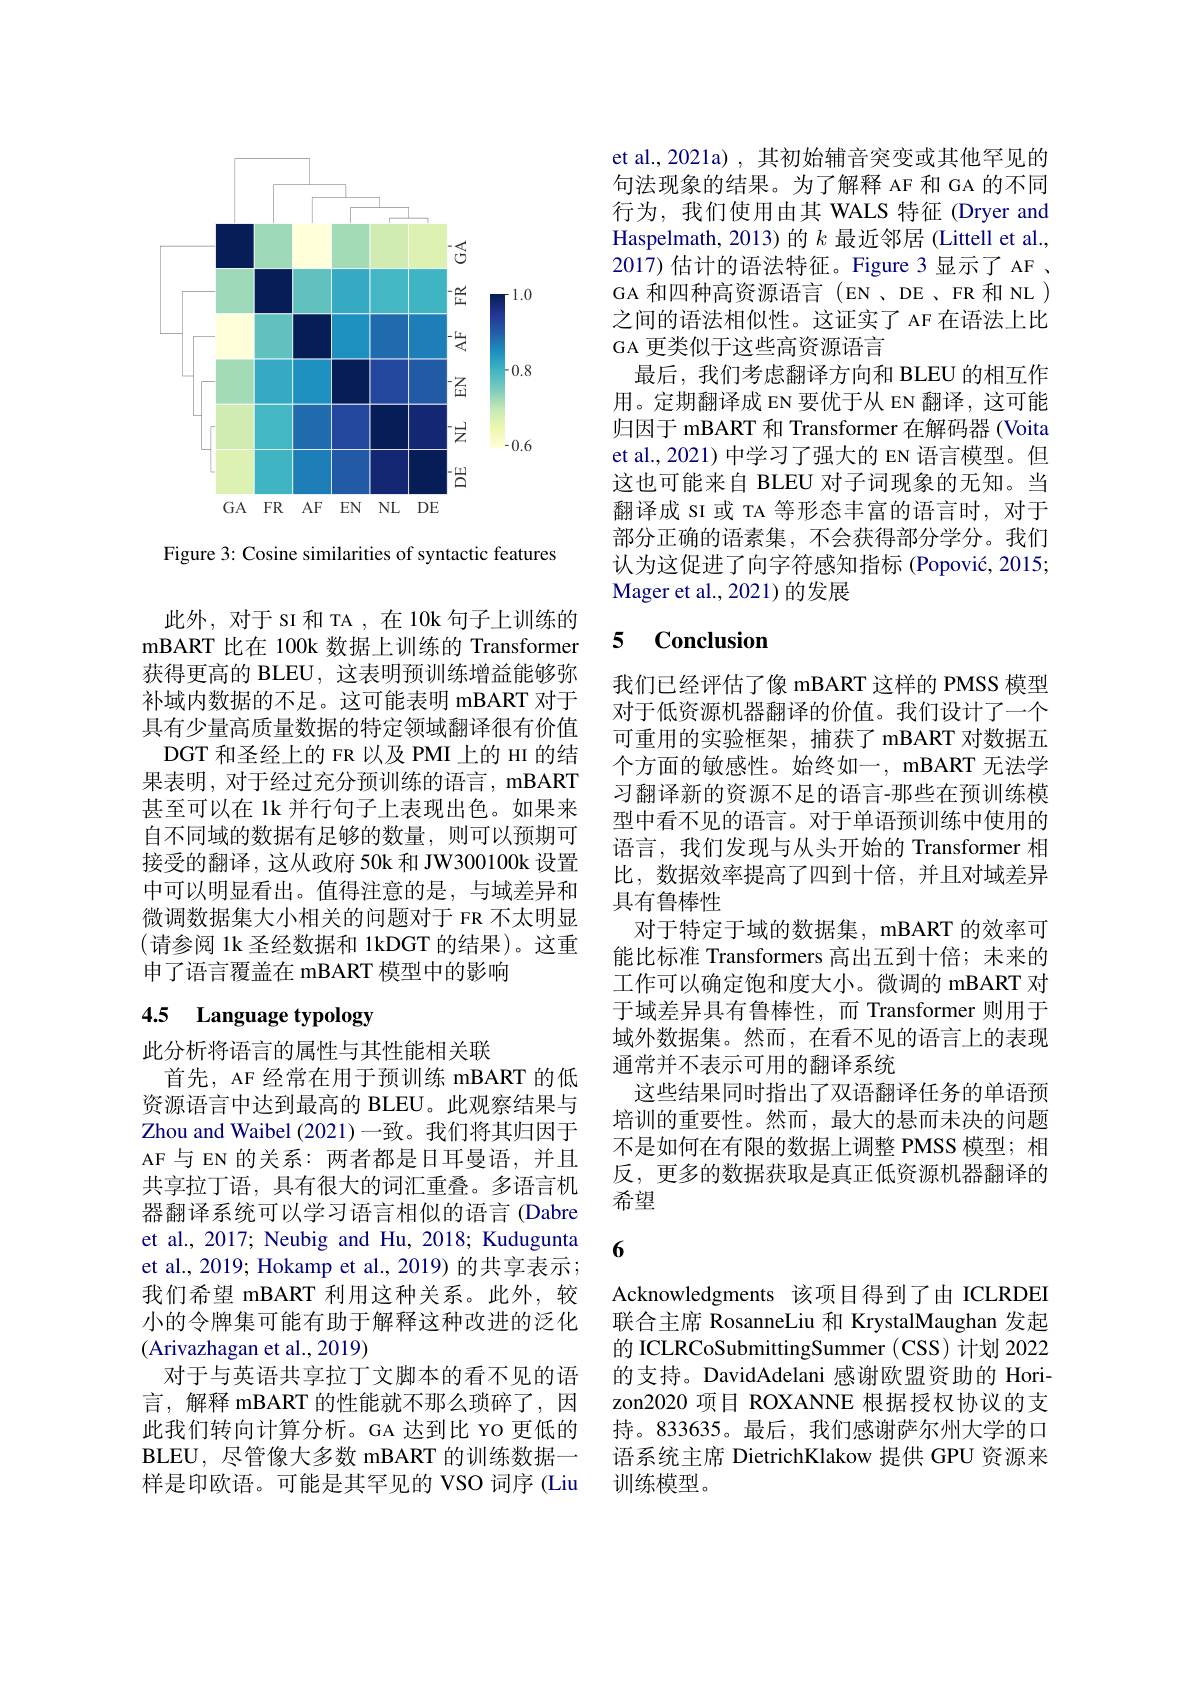
<FigureHere>

Figure 3: Cosine similarities of syntactic features

此外，对于 SI 和 TA , 在 10k 句子上训练的mBART 比在 100k 数据上训练的 Transformer 获得更高的 BLEU, 这表明预训练增益能够弥补域内数据的不足。这可能表明 mBART 对于具有少量高质量数据的特定领域翻译很有价值DGT 和圣经上的 FR 以及 PMI 上的 HI 的结
果表明，对于经过充分预训练的语言，mBART 甚至可以在 1k 并行句子上表现出色。如果来自不同域的数据有足够的数量，则可以预期可接受的翻译，这从政府 50k 和 JW300100k 设置中可以明显看出。值得注意的是，与域差异和微调数据集大小相关的问题对于 FR 不太明显(请参阅 1k 圣经数据和 1kDGT 的结果)。这重申了语言覆盖在 mBART 模型中的影响

# 4.5 Language typology

此分析将语言的属性与其性能相关联
首先，AF 经常在用于预训练 mBART 的低资源语言中达到最高的 BLEU。此观察结果与Zhou and Waibel (2021)一致。我们将其归因于AF 与 EN 的关系：两者都是日耳曼语，并且共享拉丁语，具有很大的词汇重叠。多语言机器翻译系统可以学习语言相似的语言 (Dabre et al., 2017; Neubig and Hu, 2018; Kudugunta et al., 2019; Hokamp et al., 2019) 的共享表示； 我们希望 mBART 利用这种关系。此外，较小的令牌集可能有助于解释这种改进的泛化(Arivazhagan et al., 2019)
对于与英语共享拉丁文脚本的看不见的语言，解释 mBART 的性能就不那么琐碎了，因此我们转向计算分析。GA 达到比 YO 更低的 持。833635。最后，我们感谢萨尔州大学的口BLEU, 尽管像大多数 mBART 的训练数据一 语系统主席 DietrichKlakow 提供 GPU 资源来样是印欧语。可能是其罕见的 VSO 词序 (Liu 训练模型。

GA 更类似于这些高资源语言

et al., 2021a) , 其初始辅音突变或其他罕见的句法现象的结果。为了解释 AF 和 GA 的不同行为，我们使用由其 WALS 特征 (Dryer and Haspelmath, 2013)的$k$最近邻居 (Littell et al., 2017) 估计的语法特征。Figure 3 显示了 AF 、 GA 和四种高资源语言 (EN , DE 、FR 和 NL ) 之间的语法相似性。这证实了 AF 在语法上比
最后，我们考虑翻译方向和 BLEU 的相互作用。定期翻译成 EN 要优于从 EN 翻译，这可能归因于 mBART 和 Transformer 在解码器 (Voita et al., 2021) 中学习了强大的 EN 语言模型。但这也可能来自 BLEU 对子词现象的无知。当翻译成 SI 或 TA 等形态丰富的语言时，对于部分正确的语素集，不会获得部分学分。我们认为这促进了向字符感知指标 (Popović, 2015; Mager et al. , 2021)的发展

### 5 $\mathbf{Conclusion}$

我们已经评估了像 mBART 这样的 PMSS 模型对于低资源机器翻译的价值。我们设计了一个可重用的实验框架，捕获了 mBART 对数据五个方面的敏感性。始终如一，mBART 无法学习翻译新的资源不足的语言-那些在预训练模型中看不见的语言。对于单语预训练中使用的语言，我们发现与从头开始的 Transformer 相比，数据效率提高了四到十倍，并且对域差异具有鲁棒性
对于特定于域的数据集，mBART 的效率可能比标准 Transformers 高出五到十倍；未来的工作可以确定饱和度大小。微调的 mBART 对于域差异具有鲁棒性，而 Transformer 则用于域外数据集。然而，在看不见的语言上的表现通常并不表示可用的翻译系统
这些结果同时指出了双语翻译任务的单语预培训的重要性。然而，最大的悬而未决的问题不是如何在有限的数据上调整 PMSS 模型；相反，更多的数据获取是真正低资源机器翻译的希望

6

Acknowledgments 该项目得到了由 ICLRDEI 联合主席 RosanneLiu 和 KrystalMaughan 发起的 ICLRCoSubmittingSummer ( CSS) 计划 2022的支持。DavidAdelani 感谢欧盟资助的 Horizon2020 项目 ROXANNE 根据授权协议的支